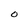
Character: O